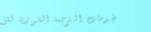
خدمات الترجمة الفورية للغ